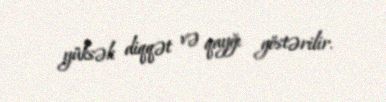
yüksək diqqət və qayğı göstərilir.